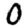
Digit: 0